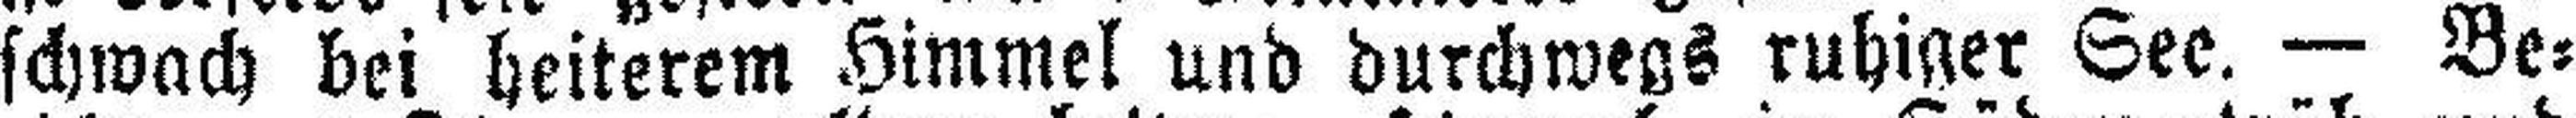
schwach bei heiterem Himmel und durchwegs ruhiger See. — Be¬